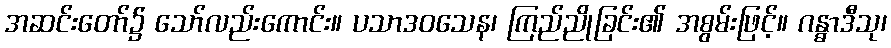
အဆင်းတော်၌ သော်လည်းကောင်း။ ပသာဒဝသေန၊ ကြည်ညိုခြင်း၏ အစွမ်းဖြင့်။ ဂန္ဓာဒီသု၊